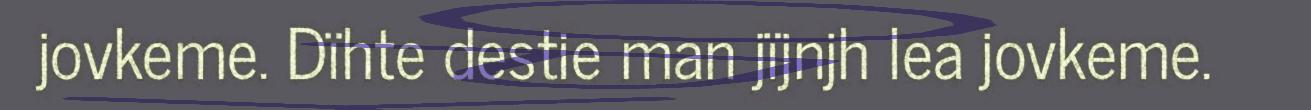
jovkeme. Dïhte destie man jïjnjh lea jovkeme.